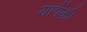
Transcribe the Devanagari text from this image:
यापैंकी